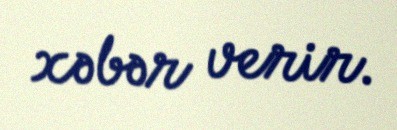
xəbər verir.